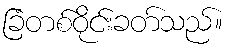
ခြံတစ်ဝိုင်းခတ်သည်။